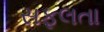
સફલતા